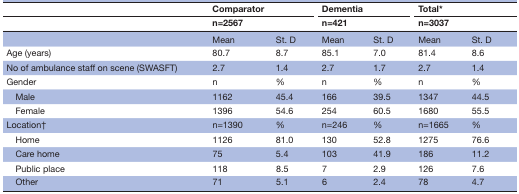
<table><thead><tr><td></td><td colspan="2"><b>Comparator</b></td><td colspan="2"><b>Dementia</b></td><td colspan="2"><b>Total*</b></td></tr><tr><td></td><td colspan="2"><b>n=2567</b></td><td colspan="2"><b>n=421</b></td><td colspan="2"><b>n=3037</b></td></tr></thead><tbody><tr><td></td><td>Mean</td><td>St. D</td><td>Mean</td><td>St. D</td><td>Mean</td><td>St. D</td></tr><tr><td>Age (years)</td><td>80.7</td><td>8.7</td><td>85.1</td><td>7.0</td><td>81.4</td><td>8.6</td></tr><tr><td>No of ambulance staff on scene (SWASFT)</td><td>2.7</td><td>1.4</td><td>2.7</td><td>1.7</td><td>2.7</td><td>1.4</td></tr><tr><td>Gender</td><td>n</td><td>%</td><td>n</td><td>%</td><td>n</td><td>%</td></tr><tr><td> Male</td><td>1162</td><td>45.4</td><td>166</td><td>39.5</td><td>1347</td><td>44.5</td></tr><tr><td> Female</td><td>1396</td><td>54.6</td><td>254</td><td>60.5</td><td>1680</td><td>55.5</td></tr><tr><td>Location†</td><td>n=1390</td><td>%</td><td>n=246</td><td>%</td><td>n=1665</td><td>%</td></tr><tr><td> Home</td><td>1126</td><td>81.0</td><td>130</td><td>52.8</td><td>1275</td><td>76.6</td></tr><tr><td> Care home</td><td>75</td><td>5.4</td><td>103</td><td>41.9</td><td>186</td><td>11.2</td></tr><tr><td> Public place</td><td>118</td><td>8.5</td><td>7</td><td>2.9</td><td>126</td><td>7.6</td></tr><tr><td> Other</td><td>71</td><td>5.1</td><td>6</td><td>2.4</td><td>78</td><td>4.7</td></tr></tbody></table>